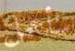
سأعمل